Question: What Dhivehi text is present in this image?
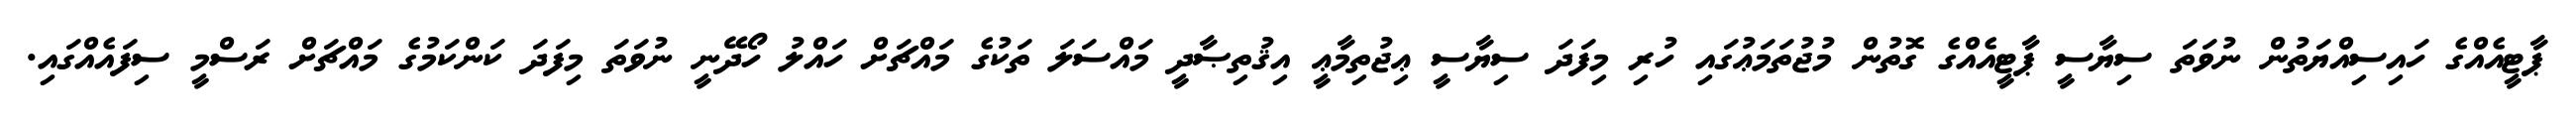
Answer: ޕާޓީއެއްގެ ހައިސިއްޔަތުން ނުވަތަ ސިޔާސީ ޕާޓީއެއްގެ ގޮތުން މުޖުތަމަޢުގައި ހުރި މިފަދަ ސިޔާސީ ޢިޖުތިމާޢީ އިޤުތިޞާދީ މައްސަލަ ތަކުގެ މައްޗަށް ހައްލު ހޯދޭނީ ނުވަތަ މިފަދަ ކަންކަމުގެ މައްޗަށް ރަސްމީ ސިފައެއްގައި.